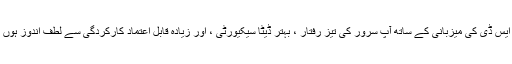
ایس ایس ڈی کی میزبانی کے ساتھ آپ سرور کی تیز رفتار ، بہتر ڈیٹا سیکیورٹی ، اور زیادہ قابل اعتماد کارکردگی سے لطف اندوز ہوں گے۔